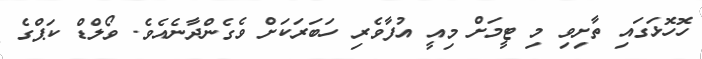
ހޮހޮޅަގައި ތާށިވި މި ޓީމަށް މިއީ އުފާވެރި ހަބަރަކަށް ވެގެންދާނެއެވެ. ވޯލްޑް ކަޕްގެ